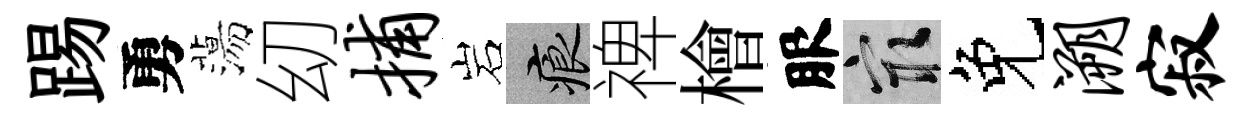
踢勇蕩㓜捕岩痕禆檜服冣免溯寂